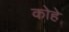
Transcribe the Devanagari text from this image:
कोहे